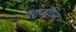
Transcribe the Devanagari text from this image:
पॅराजंपिंग